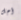
أجل